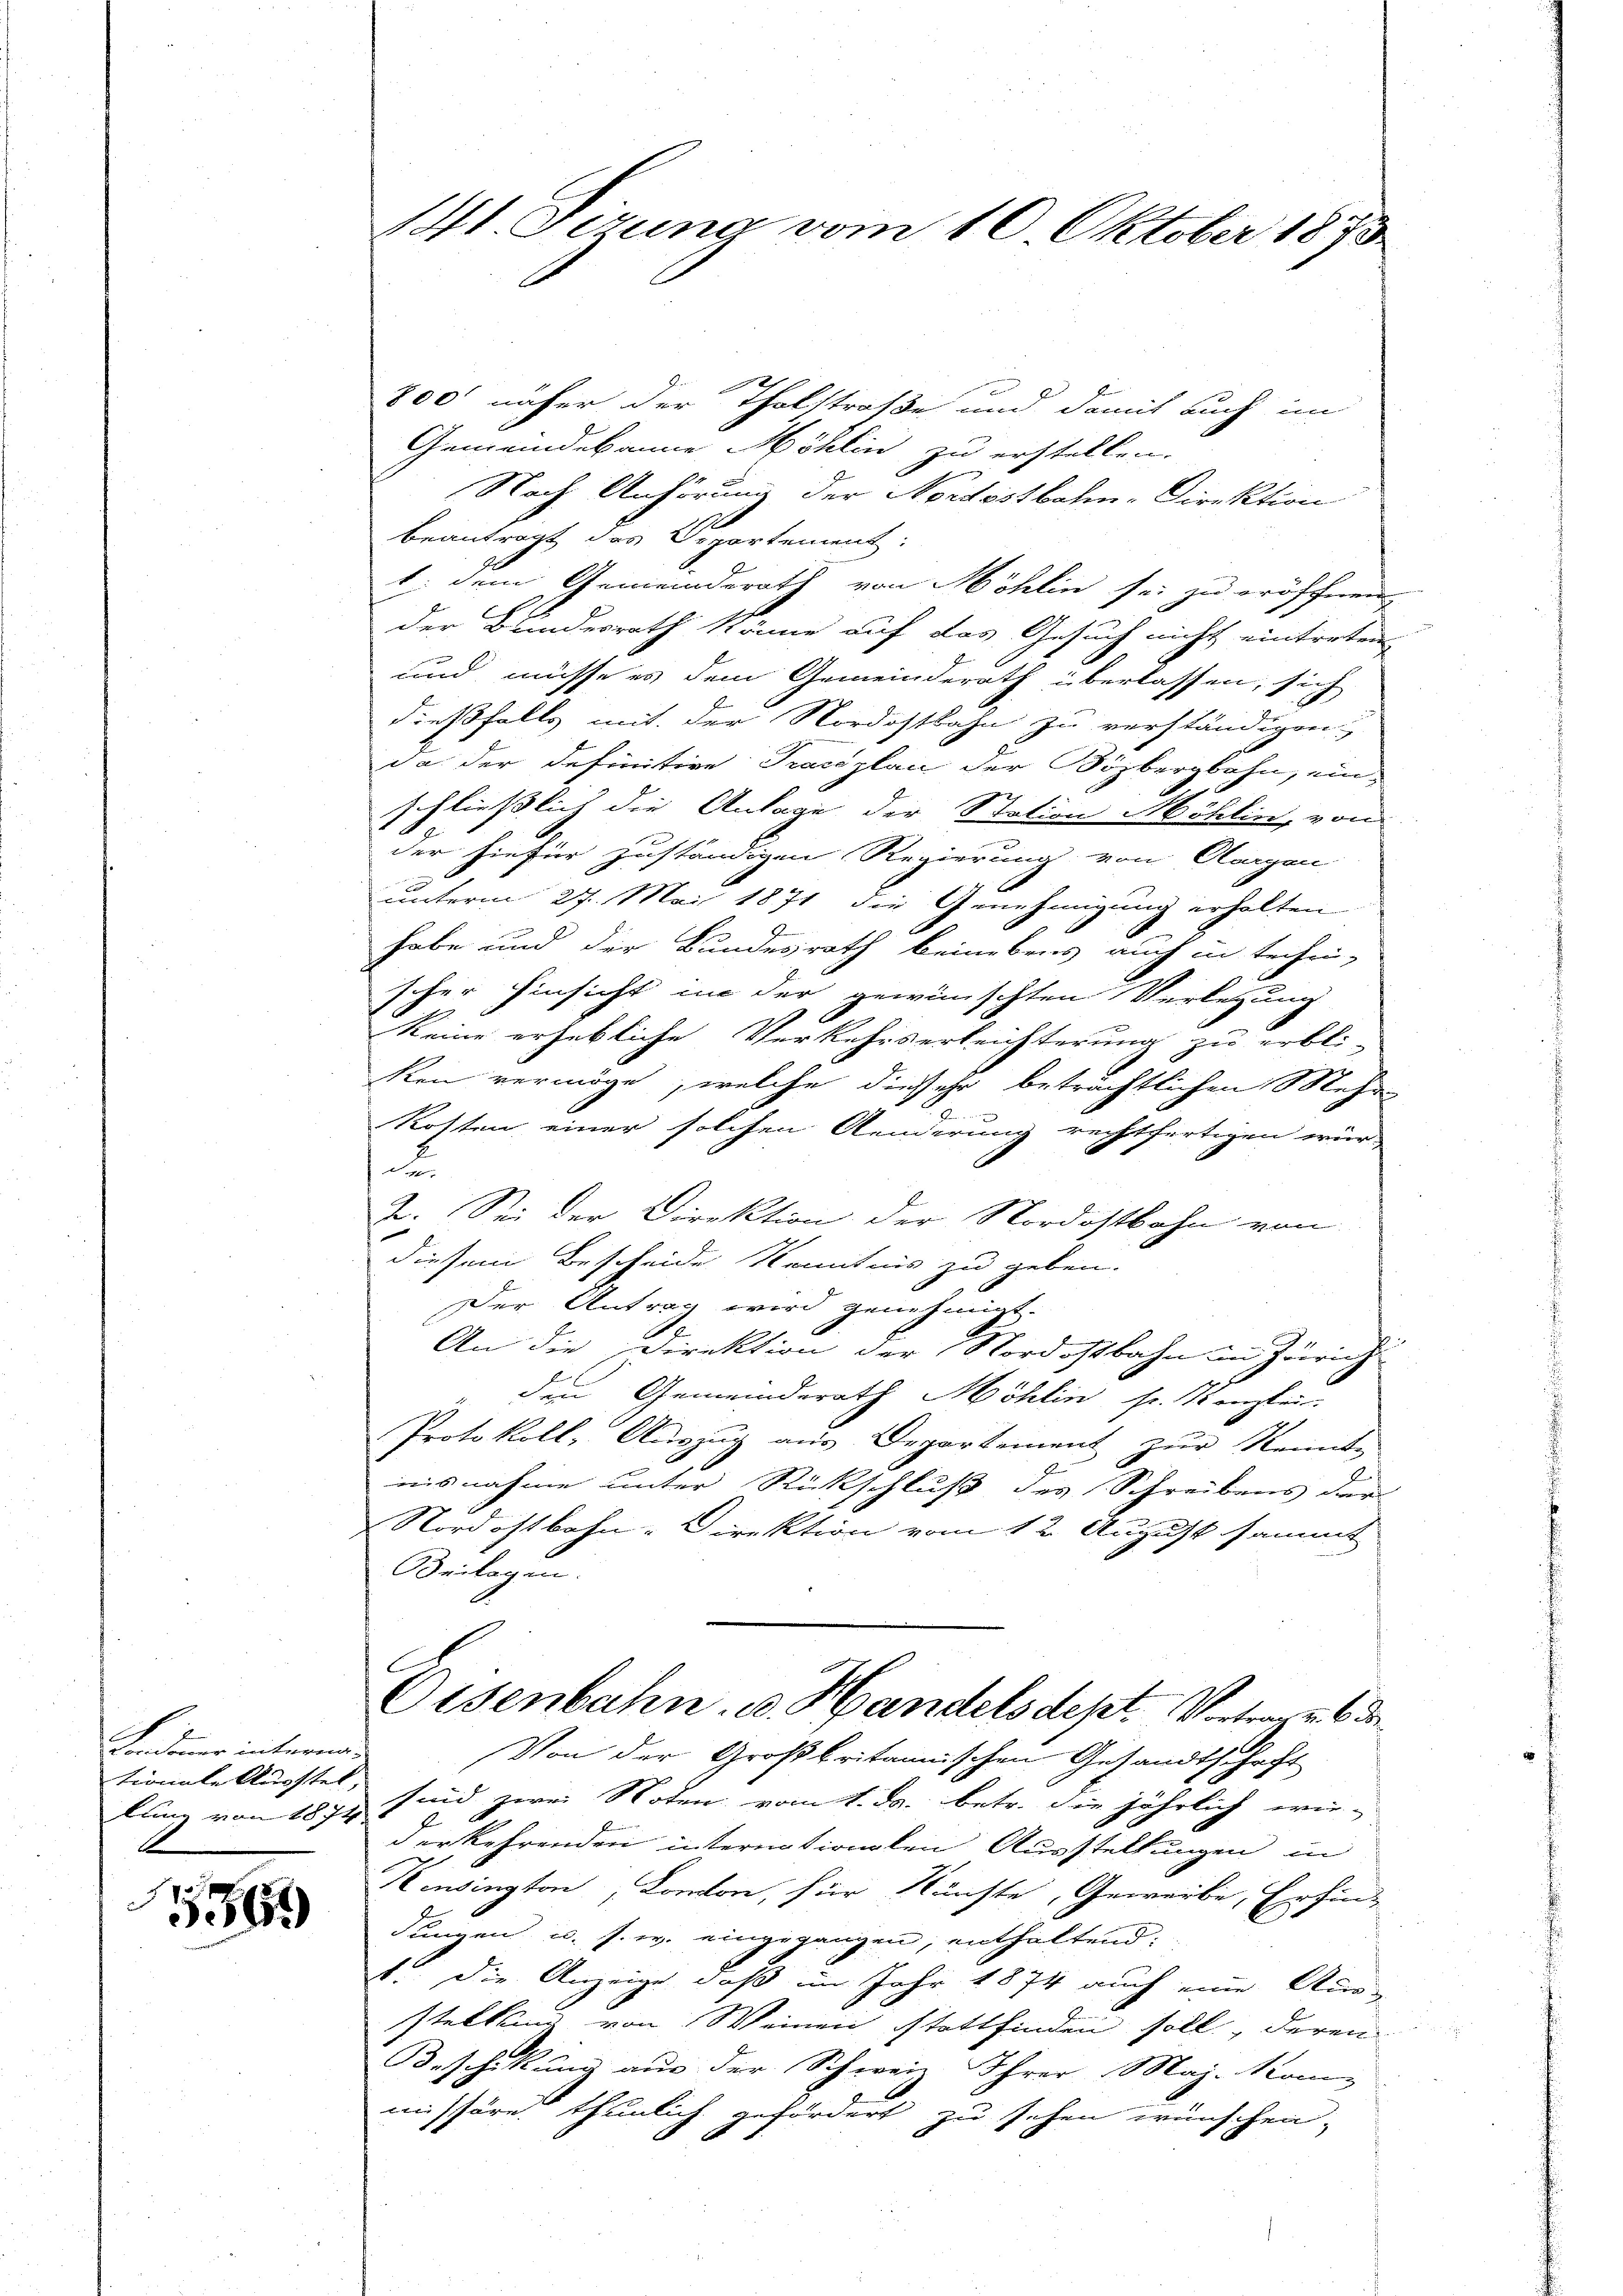
Laidoner intermationale Ausstel,
lung von 1874.

15569

141. Gerung vom 10. Oktober 1870

800 näher der Thalstraße und damit auch im
Gemeindekanne Höhlin zu erstellen.
Nach Anhörung der Nordostbahn-Direktion
beantragt das Departement.
t; dem Gemeinderath von Möhlin sei zu eröffnen
der Bundesrath könne auf das Gesuch nicht eintreten
und müsse es dem Gemeinderath überlassen, sich
dießfalls mit der Nordostbahn zu verständigen,
da der definitive Traceplan der Bözbergbahn, ein
schließlich die Anlage der Station Möhlin, von
der hiefür zuständigen Regierung von Aargau
unterm 27. Mai 1871 die Genehmigung erhalten
habe und der Bundesrath beinebens auch in techei-
scher Hinsicht in der gewünschten Verlegung
keine erhebliche Verkehrserleichterung zu erbli-
ken vermöge, welche die sehr beträchtlichen Mehr-
e
Kosten einer solchen Aenderung rechtfertigen wür
.
2. Sei der Direktion der Nordostbahn von
diesem Bescheide Kenntnis zu geben.
Der Antrag wird genehmigt.
An die Direktion der Nordostbahn in Zürich
den Gemeinderath Möhlin sr. Kanzlei-
Protokoll- Auszug aus Departement zŭr Kennt-
nisnahme unter Rückschluß des Schreibens der
Nordostbahn-Direktion vom 12. August sammt
Beilagen.
Oisenbahn. v. Handelsdept. Vortrages de
Von der Großbritannischen Gesandtschaft
sind zwei Noten vom 1. ds. betr. die jährlich wie-
derkehrenden internationalen Ausstellungen in
Hensington, Canton, für Künste, Gewerbe, Erfin-
dungen u. s. w. eingegangen, enthaltend:
1. Die Anzeige, daß im Jahr 1874 auch eine Aus-
stellung von Weinen stattfinden soll, deren
Beschikung aus der Schweiz Ihrer Maj. Kon
missäre thunlich gefördert zu sehen wünschen,
.